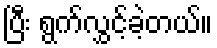
ပြီး ရွက်လွှင့်ခဲ့တယ်။